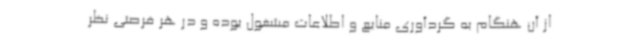
از آن هنگام به گردآوری منابع و اطلاعات مشغول بوده و در هر فرصتی نظر